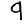
Digit: 9